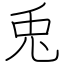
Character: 兎